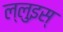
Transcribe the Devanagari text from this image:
ल्लुइस्